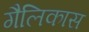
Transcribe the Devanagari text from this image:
गैलिकास